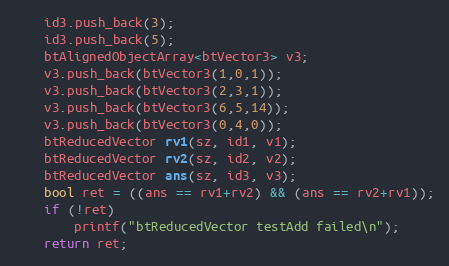
Language: C++
    id3.push_back(3);
    id3.push_back(5);
    btAlignedObjectArray<btVector3> v3;
    v3.push_back(btVector3(1,0,1));
    v3.push_back(btVector3(2,3,1));
    v3.push_back(btVector3(6,5,14));
    v3.push_back(btVector3(0,4,0));
    btReducedVector rv1(sz, id1, v1);
    btReducedVector rv2(sz, id2, v2);
    btReducedVector ans(sz, id3, v3);
    bool ret = ((ans == rv1+rv2) && (ans == rv2+rv1));
    if (!ret)
        printf("btReducedVector testAdd failed\n");
    return ret;